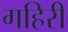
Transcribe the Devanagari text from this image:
गहिरी